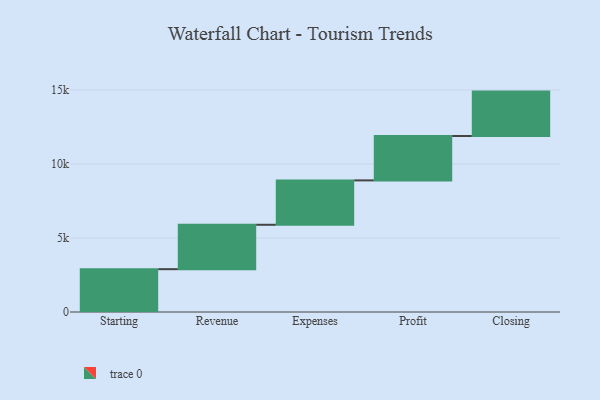
{"axis": {"x": "Step", "y": "Value"}, "legend": [""], "data": [{"x": "Starting", "y": 2894.0, "type": ""}, {"x": "Revenue", "y": 3000, "type": ""}, {"x": "Expenses", "y": 3000, "type": ""}, {"x": "Profit", "y": 3000, "type": ""}, {"x": "Closing", "y": 3000, "type": ""}]}